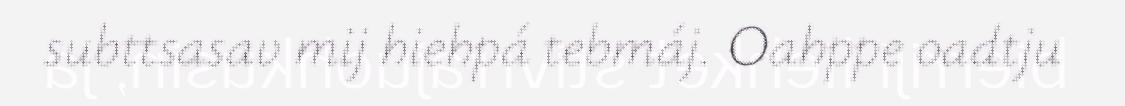
subttsasav mij hiehpá tebmáj. Oahppe oadtju